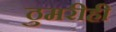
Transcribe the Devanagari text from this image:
ठुमरीही